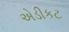
એડીકટ